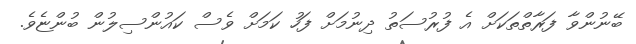
ބޭނުންވާ ފަރާތްތަކަށް އެ ފުރުސަތު ދިނުމަށް ފަހު ކަމަށް ވެސް ކައުންސިލުން ބުންޏެވެ.